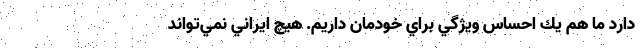
دارد ما هم يك احساس ويژگي براي خودمان داريم. هيچ ايراني نمي‌تواند